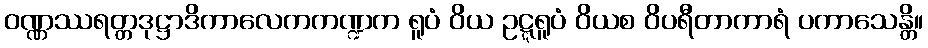
ဝဏ္ဏဿရတ္တဒုဋ္ဌာဒိကာလေကကဏ္ဍက ရူပံ ဝိယ ဥဋ္ဋရူပံ ဝိယစ ဝိပရီတာကာရံ ပကာသေန္တိ။